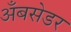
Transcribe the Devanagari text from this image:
अँबसेडर